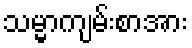
သမ္မာကျမ်းစာအား